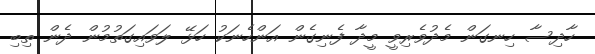
ހާދިސާ ހިނގަން މެދުވެރިވީ މީދާ ފެނިގެން އަންހެނަކު ހަޅޭ ލަވައިގަތުމުން ދެން ތިބި